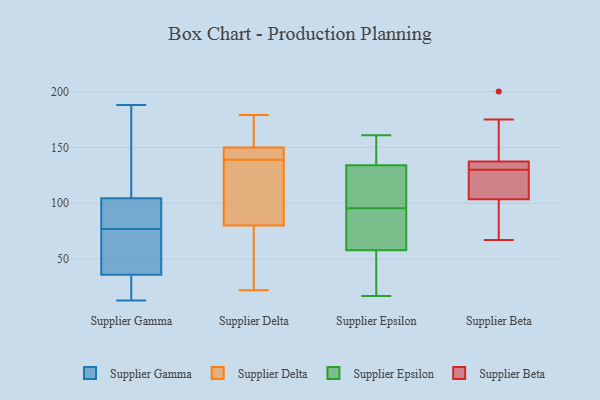
{"axis": {"x": "Budget (USD K)", "y": "Value"}, "legend": ["Supplier Beta", "Supplier Delta", "Supplier Epsilon", "Supplier Gamma"], "data": [{"x": "", "y": 188, "type": "Supplier Gamma"}, {"x": "", "y": 14, "type": "Supplier Gamma"}, {"x": "", "y": 23, "type": "Supplier Gamma"}, {"x": "", "y": 108, "type": "Supplier Gamma"}, {"x": "", "y": 124, "type": "Supplier Gamma"}, {"x": "", "y": 43, "type": "Supplier Gamma"}, {"x": "", "y": 13, "type": "Supplier Gamma"}, {"x": "", "y": 40, "type": "Supplier Gamma"}, {"x": "", "y": 152, "type": "Supplier Gamma"}, {"x": "", "y": 101, "type": "Supplier Gamma"}, {"x": "", "y": 46, "type": "Supplier Gamma"}, {"x": "", "y": 77, "type": "Supplier Gamma"}, {"x": "", "y": 77, "type": "Supplier Gamma"}, {"x": "", "y": 100, "type": "Supplier Gamma"}, {"x": "", "y": 16, "type": "Supplier Gamma"}, {"x": "", "y": 116, "type": "Supplier Gamma"}, {"x": "", "y": 32, "type": "Supplier Gamma"}, {"x": "", "y": 60, "type": "Supplier Gamma"}, {"x": "", "y": 93, "type": "Supplier Gamma"}, {"x": "", "y": 97, "type": "Supplier Gamma"}, {"x": "", "y": 66, "type": "Supplier Delta"}, {"x": "", "y": 148, "type": "Supplier Delta"}, {"x": "", "y": 172, "type": "Supplier Delta"}, {"x": "", "y": 132, "type": "Supplier Delta"}, {"x": "", "y": 146, "type": "Supplier Delta"}, {"x": "", "y": 85, "type": "Supplier Delta"}, {"x": "", "y": 150, "type": "Supplier Delta"}, {"x": "", "y": 142, "type": "Supplier Delta"}, {"x": "", "y": 140, "type": "Supplier Delta"}, {"x": "", "y": 168, "type": "Supplier Delta"}, {"x": "", "y": 22, "type": "Supplier Delta"}, {"x": "", "y": 138, "type": "Supplier Delta"}, {"x": "", "y": 71, "type": "Supplier Delta"}, {"x": "", "y": 179, "type": "Supplier Delta"}, {"x": "", "y": 80, "type": "Supplier Delta"}, {"x": "", "y": 58, "type": "Supplier Delta"}, {"x": "", "y": 115, "type": "Supplier Delta"}, {"x": "", "y": 170, "type": "Supplier Delta"}, {"x": "", "y": 58, "type": "Supplier Epsilon"}, {"x": "", "y": 77, "type": "Supplier Epsilon"}, {"x": "", "y": 138, "type": "Supplier Epsilon"}, {"x": "", "y": 107, "type": "Supplier Epsilon"}, {"x": "", "y": 34, "type": "Supplier Epsilon"}, {"x": "", "y": 34, "type": "Supplier Epsilon"}, {"x": "", "y": 159, "type": "Supplier Epsilon"}, {"x": "", "y": 134, "type": "Supplier Epsilon"}, {"x": "", "y": 76, "type": "Supplier Epsilon"}, {"x": "", "y": 65, "type": "Supplier Epsilon"}, {"x": "", "y": 99, "type": "Supplier Epsilon"}, {"x": "", "y": 134, "type": "Supplier Epsilon"}, {"x": "", "y": 119, "type": "Supplier Epsilon"}, {"x": "", "y": 92, "type": "Supplier Epsilon"}, {"x": "", "y": 49, "type": "Supplier Epsilon"}, {"x": "", "y": 161, "type": "Supplier Epsilon"}, {"x": "", "y": 17, "type": "Supplier Epsilon"}, {"x": "", "y": 150, "type": "Supplier Epsilon"}, {"x": "", "y": 105, "type": "Supplier Beta"}, {"x": "", "y": 136, "type": "Supplier Beta"}, {"x": "", "y": 105, "type": "Supplier Beta"}, {"x": "", "y": 98, "type": "Supplier Beta"}, {"x": "", "y": 168, "type": "Supplier Beta"}, {"x": "", "y": 67, "type": "Supplier Beta"}, {"x": "", "y": 130, "type": "Supplier Beta"}, {"x": "", "y": 142, "type": "Supplier Beta"}, {"x": "", "y": 175, "type": "Supplier Beta"}, {"x": "", "y": 200, "type": "Supplier Beta"}, {"x": "", "y": 86, "type": "Supplier Beta"}, {"x": "", "y": 130, "type": "Supplier Beta"}, {"x": "", "y": 118, "type": "Supplier Beta"}, {"x": "", "y": 130, "type": "Supplier Beta"}, {"x": "", "y": 99, "type": "Supplier Beta"}, {"x": "", "y": 123, "type": "Supplier Beta"}, {"x": "", "y": 132, "type": "Supplier Beta"}]}